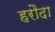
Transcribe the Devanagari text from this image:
हरौदा